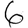
Digit: 6